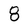
Character: 8